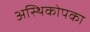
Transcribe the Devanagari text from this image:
अस्थिकोपका